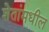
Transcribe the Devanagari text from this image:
शेतांमधील